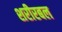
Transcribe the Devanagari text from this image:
शरीरबल